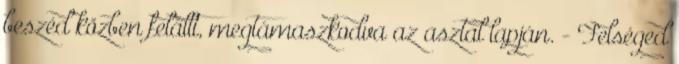
beszéd közben felállt, megtámaszkodva az asztal lapján. - Felséged